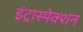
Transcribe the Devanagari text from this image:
इंट्रास्पेक्शन